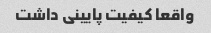
واقعا کیفیت پایینی داشت